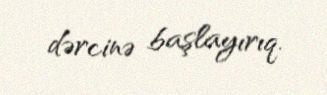
dərcinə başlayırıq.